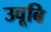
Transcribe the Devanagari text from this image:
उवूबि